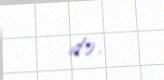
də.